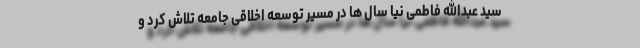
سید عبدالله فاطمی نیا سال ها در مسیر توسعه اخلاقی جامعه تلاش کرد و